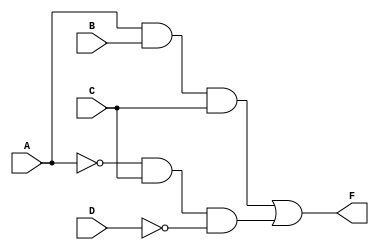
module Lab1_gatelevel_UDP(F,A,B,C,D);
	output F;
	input A,B,C,D;
	wire w1,w2,a,d;
	
	not G1(a,A),G2(d,D);
	and G3(w1,A,B,C),G4(w2,a,C,d);
	or G5(F,w1,w2);
endmodule